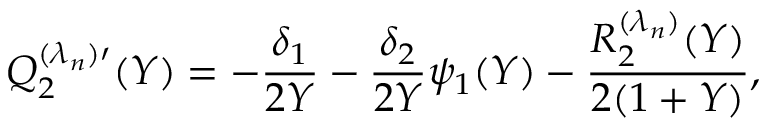
Q _ { 2 } ^ { ( \lambda _ { n } ) \prime } ( Y ) = - \frac { \delta _ { 1 } } { 2 Y } - \frac { \delta _ { 2 } } { 2 Y } \psi _ { 1 } ( Y ) - \frac { R _ { 2 } ^ { ( \lambda _ { n } ) } ( Y ) } { 2 ( 1 + Y ) } ,